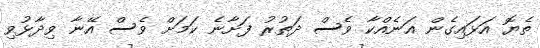
ތެޔޮ އަޅައިގެން އަނެއްކާ ވެސް ދަތުރު ފަށާނެ ކަމަށް ވެސް އޭނާ ވިދާޅުވި